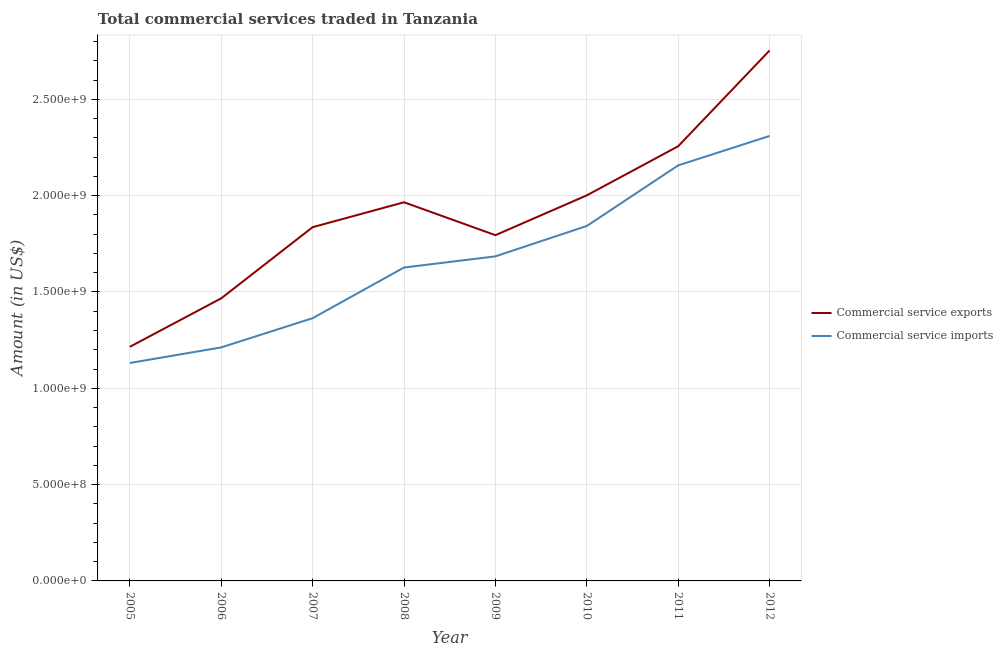
| Year | Commercial service exports | Commercial service imports |
 | --- | --- | --- |
 | 2005 | 1.22e+09 | 1.13e+09 |
 | 2006 | 1.47e+09 | 1.21e+09 |
 | 2007 | 1.84e+09 | 1.36e+09 |
 | 2008 | 1.97e+09 | 1.63e+09 |
 | 2009 | 1.79e+09 | 1.68e+09 |
 | 2010 | 2e+09 | 1.84e+09 |
 | 2011 | 2.26e+09 | 2.16e+09 |
 | 2012 | 2.75e+09 | 2.31e+09 |